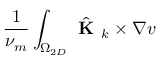
\frac { 1 } { \nu _ { m } } \int _ { \Omega _ { 2 D } } \hat { \textbf { K } } _ { k } \times \nabla v